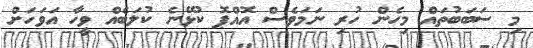
މި ސަބަބުތައް މިހެން ހުރި ނަމަވެސް އޮއްޕޮ ކުޅޭނެ ކުލަބެއް ވީހާ އަވަހަށް